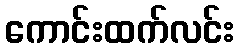
ကောင်းထက်လင်း